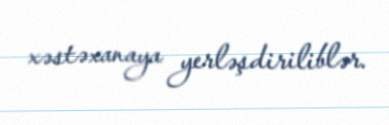
xəstəxanaya yerləşdiriliblər.